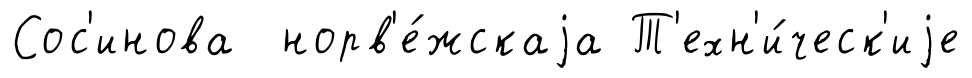
Сос'инова норв'е́жскаjа Т'ехн'и́ческ'иjе